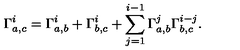
\Gamma _ { a , c } ^ { i } = \Gamma _ { a , b } ^ { i } + \Gamma _ { b , c } ^ { i } + \sum _ { j = 1 } ^ { i - 1 } \Gamma _ { a , b } ^ { j } \Gamma _ { b , c } ^ { i - j } .